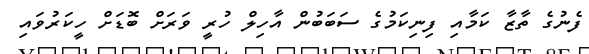
ފެނުގެ ތާޒާ ކަމާއި ފިނިކަމުގެ ސަބަބުން އާހިލް ހުރީ ވަރަށް ބޮޑަށް ހީކަރުވައި